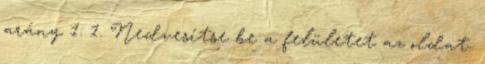
arány 1: 1. Nedvesítse be a felületet az oldat.